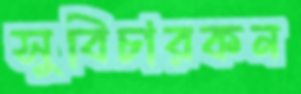
সুবিচারকন